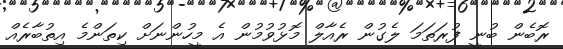
ރޮބެން ބުނީ ފުރަތަމަ ލެގުން ރެއާލް މޮޅުވުމުން އެ މީހުންނަށް ކިތަންމެ އިތުބާރެއް